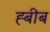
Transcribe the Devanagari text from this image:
ह्बीब